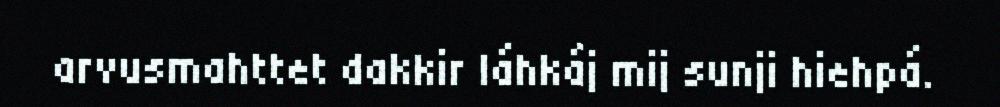
arvusmahttet dakkir láhkáj mij sunji hiehpá.